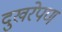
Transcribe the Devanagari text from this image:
दुखरेपण